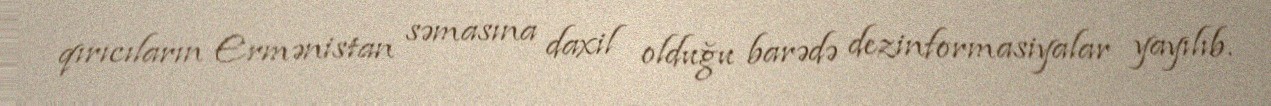
qırıcıların Ermənistan səmasına daxil olduğu barədə dezinformasiyalar yayılıb.